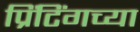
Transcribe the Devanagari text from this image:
प्रिंटिंगच्या